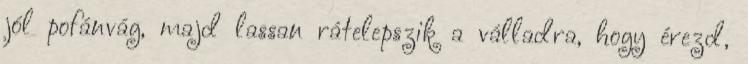
jól pofánvág, majd lassan rátelepszik a válladra, hogy érezd,